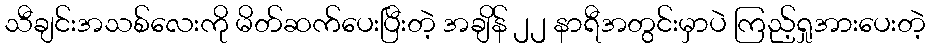
သီချင်းအသစ်လေးကို မိတ်ဆက်ပေးပြီးတဲ့ အချိန် ၂၂ နာရီအတွင်းမှာပဲ ကြည့်ရှုအားပေးတဲ့